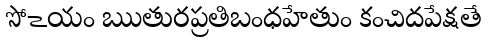
సోఽయం ఋతురప్రతిబంధహేతుం కంచిదపేక్షతే